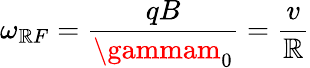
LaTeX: \omega_{\mathbb{R}F}=\frac{{qB}}{{\gammam_{0}}}=\frac{{v}}{{\mathbb{R}}}